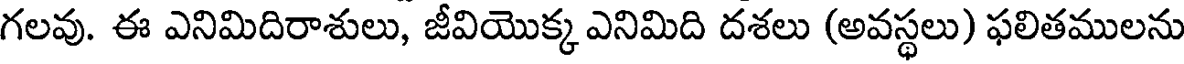
గలవు. ఈ ఎనిమిదిరాశులు, జీవియొక్క ఎనిమిది దశలు (అవస్థలు) ఫలితములను